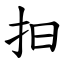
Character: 抇